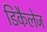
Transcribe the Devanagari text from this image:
डिकैलेज